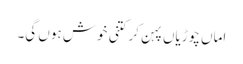
اماں چوڑیاں پہن کر کتنی خوش ہوں گی۔